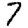
Digit: 7